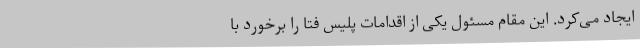
ایجاد می‌کرد. این مقام مسئول یکی از اقدامات پلیس فتا را برخورد با